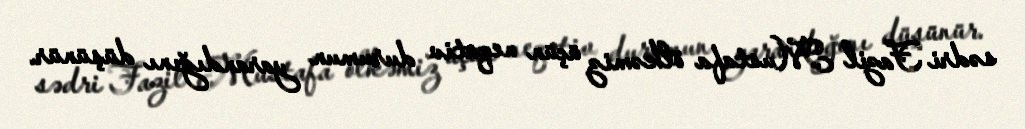
sədri Fazil Mustafa ölkəmiz üçün neqativ durumun yarandığını düşünür.